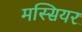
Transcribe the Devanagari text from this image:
मस्सियर